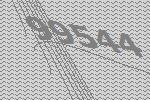
99544